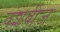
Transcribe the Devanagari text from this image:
वंशबीज